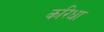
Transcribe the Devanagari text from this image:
करिधा